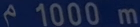
1000 m